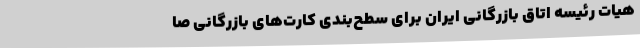
هیات رئیسه اتاق بازرگانی ایران برای سطح‌بندی کارت‌های بازرگانی صا